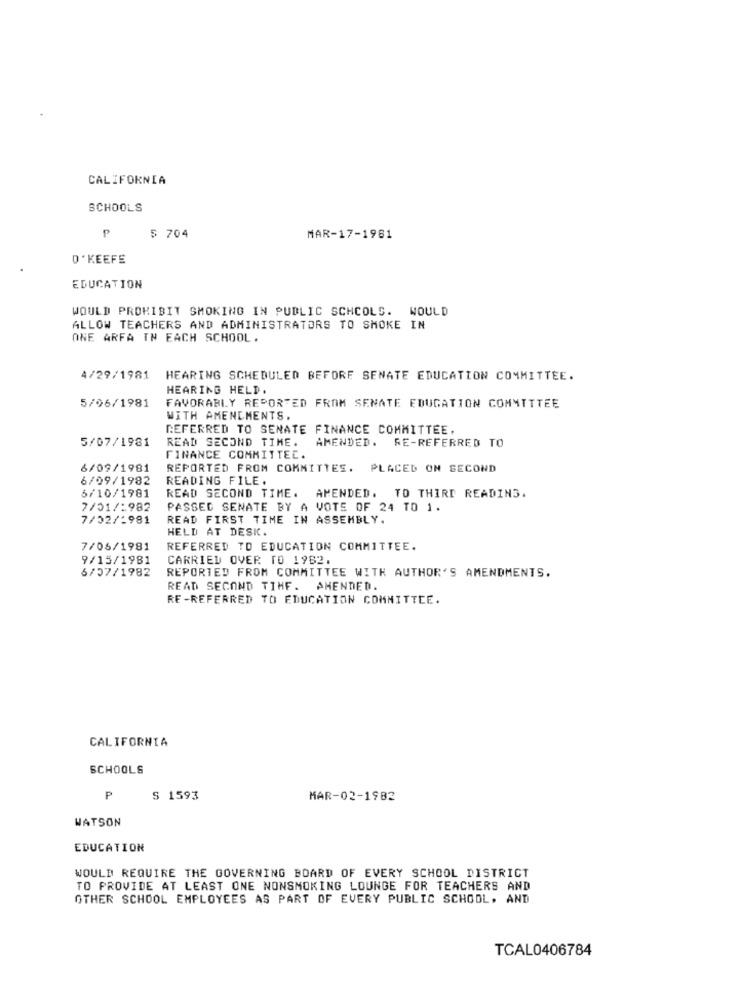
CALIFORNIA
SCHOOLS
P
$ 704
MAR-17-1961
O'KEEFE
EDUCATION
WOULD PROHIBIT SMOKING IN PUBLIC SCHOOLS. WOULD
ALLOW TEACHERS AND ADMINISTRATORS TO SMOKE IN
ONE ARFA IN EACH SCHOOL.
4/29/1981
HEARING SCHEDULED BEFORE SENATE EDUCATION COMMITTEE.
HEARING HELD.
5/06/1981
FAVORABLY REPORTED FROM SENATE EDUCATION COMMITTEE
WITH AMENDMENTS.
REFERRED TO SENATE FINANCE COMMITTEE.
5/07/1981
READ SECOND TIME.
AMENDED. RE-REFERRED TO
FINANCE COMMITTEE.
6/09/1981
REPORTED FROM COMMITTES. PLACED ON SECOND
6/09/1982
READING FILE.
6/10/1981
READ SECOND TIME. AMENDED. TO THIRD READING.
7/01/:982
PASSED SENATE BY A VOTE OF 24 TO 1.
7/02/1981
READ FIRST TIME IN ASSEMBLY.
HELD AT DESK.
7/06/1981
REFERRED TO EDUCATION COMMITTEE.
9/15/1981
CARRIED OVER TO 1982.
6/07/1982
REPORTED FROM COMMITTEE WITH AUTHOR'S AMENDMENTS.
READ SECOND TIME. AMENDED.
RE-REFERRED TO EDUCATION COMMITTEE.
CALIFORNIA
SCHOOLS
S 1593
MAR-02-1982
WATSON
EDUCATION
WOULD REQUIRE THE GOVERNING BOARD OF EVERY SCHOOL DISTRICT
TO PROVIDE AT LEAST ONE NONSMOKING LOUNGE FOR TEACHERS AND
OTHER SCHOOL EMPLOYEES AS PART OF EVERY PUBLIC SCHOOL. AND
TCAL0406784